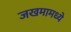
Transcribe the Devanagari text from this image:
जखमामध्ये